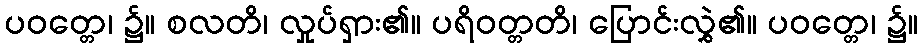
ပဝတ္တေ၊ ၌။ စလတိ၊ လှုပ်ရှား၏။ ပရိဝတ္တတိ၊ ပြောင်းလွှဲ၏။ ပဝတ္တေ၊ ၌။